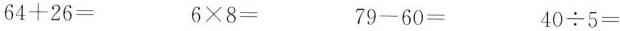
$$64+26=$$ $$6\times8=$$ $$79-60=$$ $$40\div5=$$